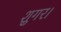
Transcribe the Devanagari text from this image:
शुगर।